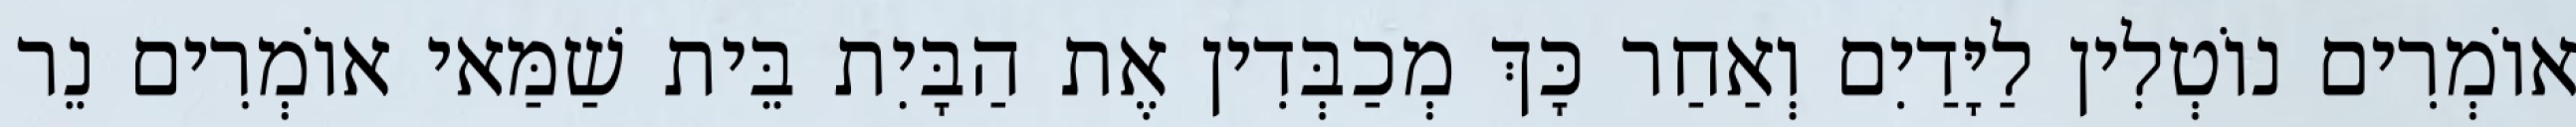
אוֹמְרִים נוֹטְלִין לַיָּדַיִם וְאַחַר כָּךְ מְכַבְּדִין אֶת הַבָּיִת בֵּית שַׁמַּאי אוֹמְרִים נֵר